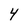
Character: 4